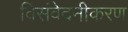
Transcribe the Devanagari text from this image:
विसंवेदनीकरण